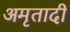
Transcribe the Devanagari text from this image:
अमृतादी